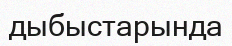
дыбыстарында